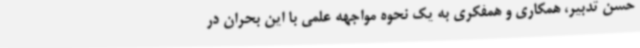
حسن تدبیر، همکاری و همفکری به یک نحوه مواجهه علمی با این بحران در